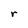
Character: r